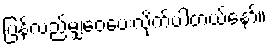
ပြန်လည်မျှဝေပေးလိုက်ပါတယ်နော်။